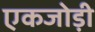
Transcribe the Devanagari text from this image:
एकजोड़ी